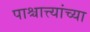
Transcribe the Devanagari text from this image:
पाश्चात्त्यांच्या